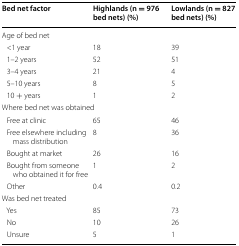
<table><thead><tr><td><b>Bed net factor</b></td><td><b>Highlands (n = 976 bed nets) (%)</b></td><td><b>Lowlands (n = 827 bed nets) (%)</b></td></tr></thead><tbody><tr><td colspan="3">Age of bed net</td></tr><tr><td> &lt;1 year</td><td>18</td><td>39</td></tr><tr><td> 1–2 years</td><td>52</td><td>51</td></tr><tr><td> 3–4 years</td><td>21</td><td>4</td></tr><tr><td> 5–10 years</td><td>8</td><td>5</td></tr><tr><td> 10 + years</td><td>1</td><td>2</td></tr><tr><td colspan="3">Where bed net was obtained</td></tr><tr><td> Free at clinic</td><td>65</td><td>46</td></tr><tr><td> Free elsewhere including mass distribution</td><td>8</td><td>36</td></tr><tr><td> Bought at market</td><td>26</td><td>16</td></tr><tr><td> Bought from someone who obtained it for free</td><td>1</td><td>2</td></tr><tr><td> Other</td><td>0.4</td><td>0.2</td></tr><tr><td colspan="3">Was bed net treated</td></tr><tr><td> Yes</td><td>85</td><td>73</td></tr><tr><td> No</td><td>10</td><td>26</td></tr><tr><td> Unsure</td><td>5</td><td>1</td></tr></tbody></table>